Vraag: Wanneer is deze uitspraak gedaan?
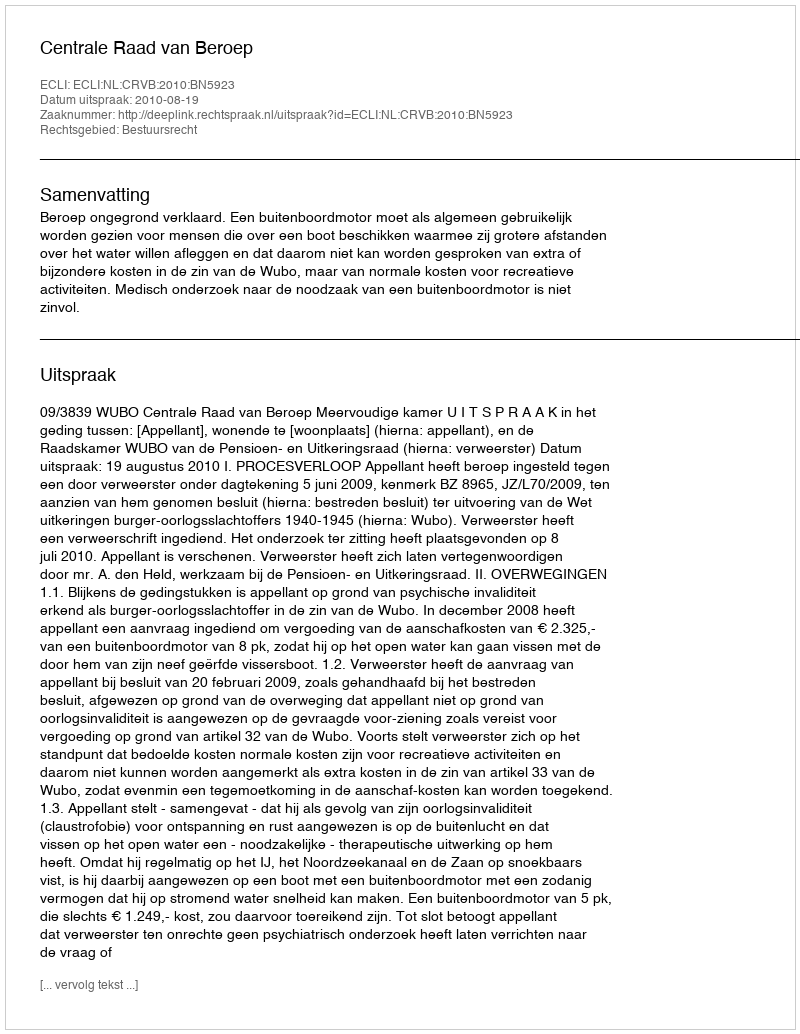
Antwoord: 2010-08-19